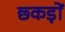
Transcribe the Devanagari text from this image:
छ्कड़ों